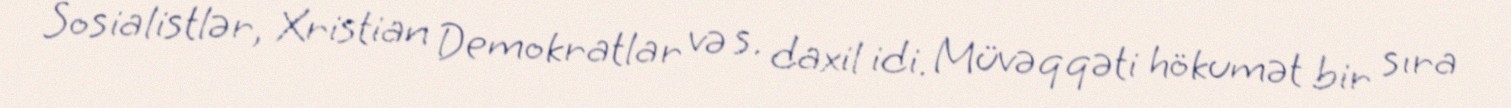
Sosialistlər, Xristian Demokratlar və s. daxil idi. Müvəqqəti hökumət bir sıra